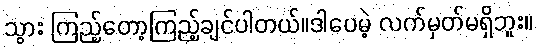
သွား ကြည့်တော့ကြည့်ချင်ပါတယ်။ဒါပေမဲ့ လက်မှတ်မရှိဘူး။